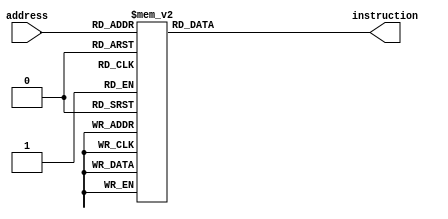
module instrmem(address,instruction);
	input [0:4] address;
	output reg [31:0] instruction;
	
	always @ (address)
		begin
		case(address) 
			5'b00000: instruction = 32'h00000000;
			5'b00001: instruction = 32'h00000000;
			5'b00010: instruction = 32'h00000000;
			5'b00011: instruction = 32'b00000010001100100100000000100000;  //add $t0, $s1, $s2 
			5'b00100: instruction = 32'b00000010001100100100000000100001;  //addu $t0, $s1, $s2 
			5'b00101: instruction = 32'b00000010001100100100000000100100;  //and $t0, $s1, $s2 
			5'b00110: instruction = 32'b00000010001100100100000000100111;  //nor $t0, $s1, $s2 
			5'b00111: instruction = 32'b00000010001100100100000000100101;  //or $t0, $s1, $s2 
			5'b01000: instruction = 32'b00000010001100100100000000100010;  //sub $t0, $s1, $s2 
			5'b01001: instruction = 32'b00000010001100100100000000100011;  //subu $t0, $s1, $s2 
			5'b01010: instruction = 32'h00000000;
			5'b01011: instruction = 32'h00000000;
			5'b01100: instruction = 32'h00000000;
			5'b01101: instruction = 32'h00000000;
			5'b01110: instruction = 32'h00000000;
			5'b01111: instruction = 32'h00000000;
			5'b10000: instruction = 32'h00000000;
			5'b10001: instruction = 32'h00000000;
			5'b10010: instruction = 32'h00000000;
			5'b10011: instruction = 32'h00000000;
			5'b10100: instruction = 32'h00000000;
			5'b10101: instruction = 32'h00000000;
			5'b10110: instruction = 32'h00000000;
			5'b10111: instruction = 32'h00000000;
			5'b11000: instruction = 32'h00000000;
			5'b11001: instruction = 32'h00000000;
			5'b11010: instruction = 32'h00000000;
			5'b11011: instruction = 32'h00000000;
			5'b11100: instruction = 32'h00000000;
			5'b11101: instruction = 32'h00000000;
			5'b11110: instruction = 32'h00000000;
			5'b11111: instruction = 32'h11110000;
		endcase
		end
endmodule
			
/*
module tb_instrmem;
	reg [0:4] address;
	wire [31:0] instruction;
	instrmem im(address,instruction);
	
	
	initial
	begin
	#2 address = 5'b00011;
	#2 address = 5'b00000;
	#2 address = 5'b11111;
	end
	
	initial
	$monitor($time, " %b" , instruction);
	
endmodule
*/